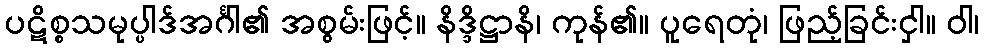
ပဋိစ္စသမုပ္ပါဒ်အင်္ဂါ၏ အစွမ်းဖြင့်။ နိဒ္ဒိဋ္ဌာနိ၊ ကုန်၏။ ပူရေတုံ၊ ဖြည့်ခြင်းငှါ။ ဝါ၊